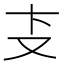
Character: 𰆴